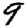
Digit: 9